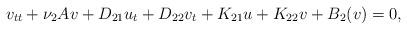
LaTeX: \begin{align*} v_{tt} +\nu_2 A v+ D_{21}u_t +D_{22}v_t + K_{21}u+ K_{22}v +B_2(v)=0, \end{align*}